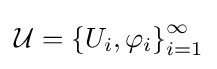
{\mathcal {U}}=\left\{U_{i},\varphi _{i}\right\}_{i=1}^{\infty }